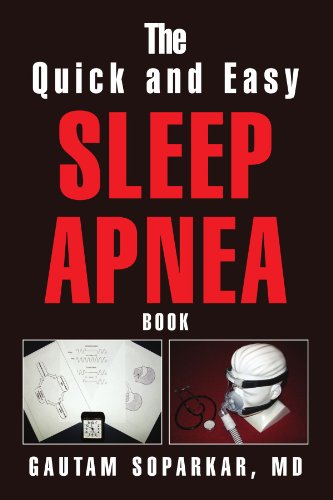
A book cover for The Quick and Easy Sleep Apnea Book; Gautam Soparkar; Health, Fitness & Dieting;